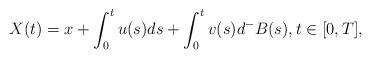
LaTeX: \begin{align*}X(t) = x +\int_0^tu(s)ds +\int_0^tv(s)d^-B(s), t\in[0, T ],\end{align*}